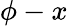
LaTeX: \phi-x